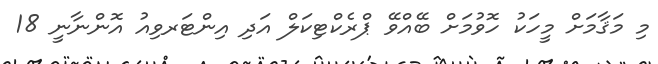
މި މަޤާމަށް މީހަކު ހޮވުމަށް ބޭއްވޭ ޕްރެކްޓިކަލް އަދި އިންޓަރވިއު އޮންނާނީ 18